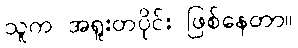
သူက အရူးတပိုင်း ဖြစ်နေတာ။